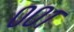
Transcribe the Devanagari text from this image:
००१